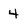
Character: 4